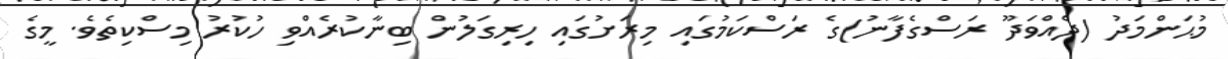
މުޙަންމަދު (ދެއްވަދޫ ރަސްގެފާނު)ގެ ރަސްކަމުގައި މިރަށުގައި ހިރިގަލުން ބިނާކުރެއްވި ހުކުރު މިސްކިތެވެ. މީގެ